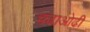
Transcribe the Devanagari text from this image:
चढाओढी